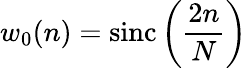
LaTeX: w_{0}(n)=\operatorname{sinc}\left({\frac{2n}{N}}\right)